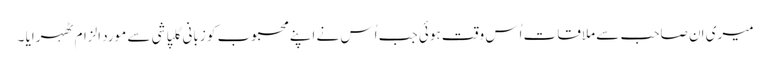
میری اِن صاحب سے ملاقات اُس وقت ہوئی جب اُس نے اپنے محبوب کو زبانی گلپاشی سے مورد الزام ٹھہرایا ۔